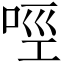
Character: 𠲮